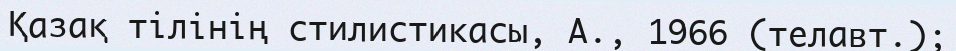
Қазақ тілінің стилистикасы, А., 1966 (телавт.);